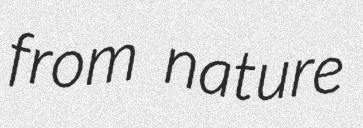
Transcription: from nature